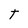
Character: T